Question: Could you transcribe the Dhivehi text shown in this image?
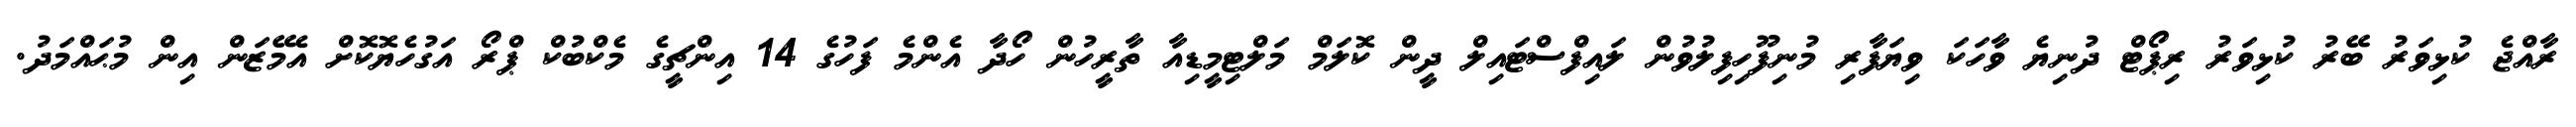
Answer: ރާއްޖެ ކުޅިވަރު ބޭރު ކުޅިވަރު ރިޕޯޓް ދުނިޔެ ވާހަކަ ވިޔަފާރި މުނިފޫހިފިލުވުން ލައިފްސްޓައިލް ދީން ކޮލަމް މަލްޓިމީޑިއާ ތާރީހުން ހޯދާ އެންމެ ފަހުގެ 14 އިންޗީގެ މެކްބުކް ޕްރޯ އަގުހެޔޮކޮށް އެމޭޒަން އިން މުޙައްމަދު.